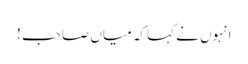
انہوں نے کہا کہ میاں صاحب !